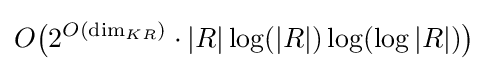
O{\big (}2^{O({\text{dim}}_{KR})}\cdot |R|\log(|R|)\log(\log |R|){\big )}